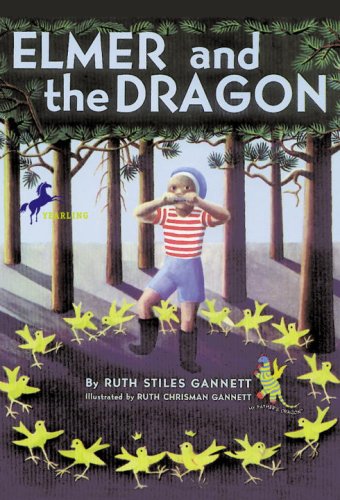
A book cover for Elmer and the Dragon (My Father's Dragon); Ruth Stiles Gannett; Children's Books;